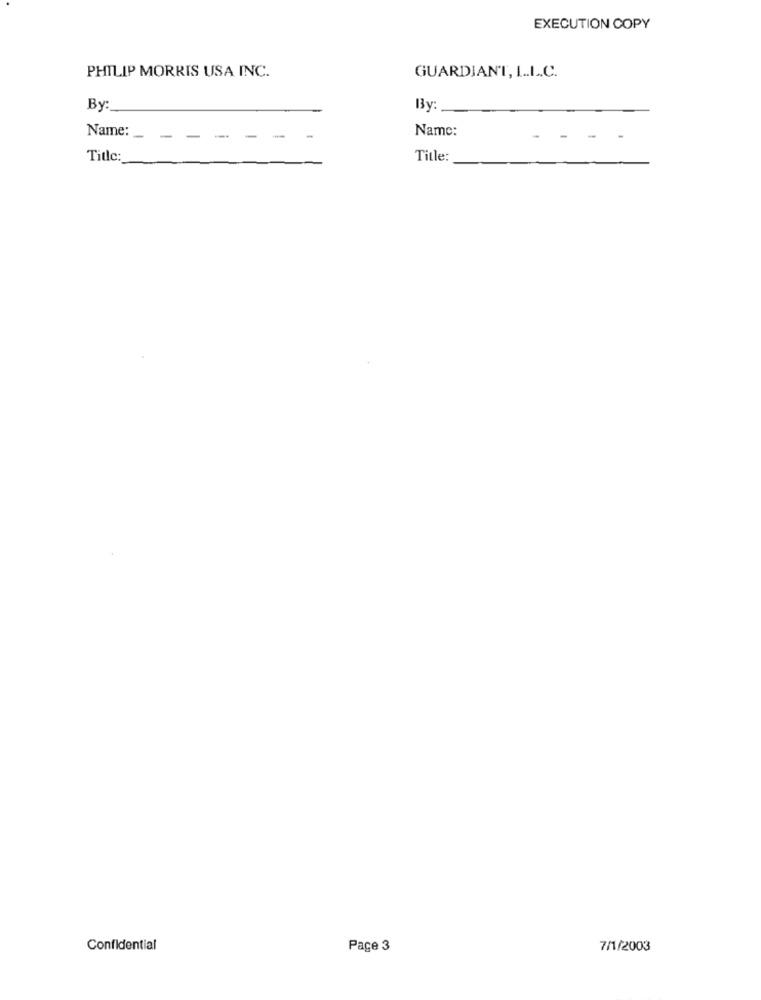
EXECUTION COPY
PHILIP MORRIS USA INC.
GUARDIANT, L.L.C.
By
By:
Name:
Name: _
- -.
-
Title:
Title:
Confidential
Page 3
7/1/2003